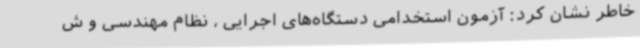
خاطر نشان کرد: آزمون استخدامی دستگاه‌های اجرایی ، نظام مهندسی و ش